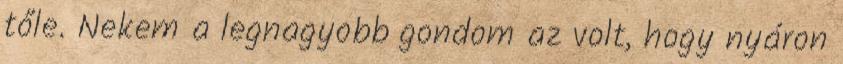
tőle. Nekem a legnagyobb gondom az volt, hogy nyáron